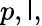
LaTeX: p,\mathsf{l},